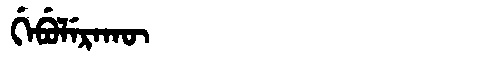
Manchu: ᡤᡝᠪᡠᠯᡝᡵᠠᡴᡡ
Romanization: GEBULERAKŪ